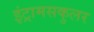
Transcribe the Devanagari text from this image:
इंट्रामसकुलर